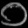
Digit: ၀